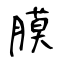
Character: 膜